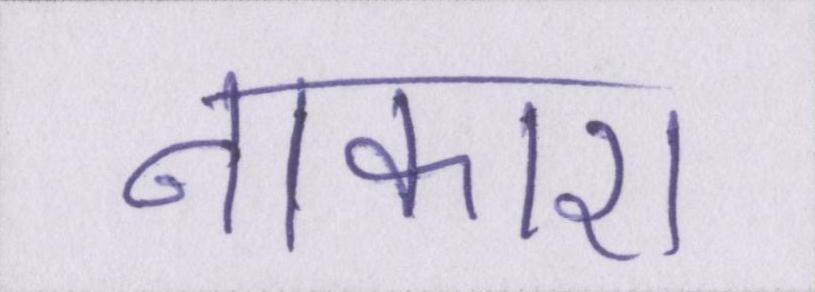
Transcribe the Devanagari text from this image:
नाकारा